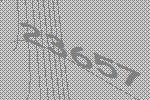
23657